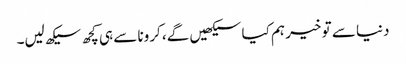
دنیا سے تو خیر ہم کیا سیکھیں گے، کرونا سے ہی کچھ سیکھ لیں۔